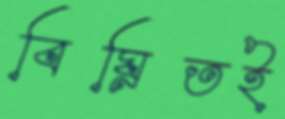
বিঘ্নিতই